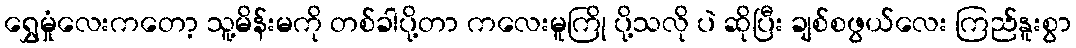
ရွှေမှုံလေးကတော့ သူ့မိန်းမကို တစ်ခါပို့တာ ကလေးမူကြို ပို့သလို ပဲ ဆိုပြီး ချစ်စဖွယ်လေး ကြည်နူးစွာ